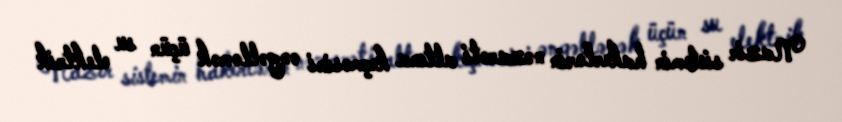
Nazir sistemin hakerlərin nəzarəti altına keçməsini əngəlləmək üçün su elektrik